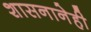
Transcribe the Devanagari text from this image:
शासनानेही